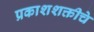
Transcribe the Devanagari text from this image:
प्रकाशशक्तीचे